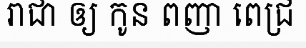
រាជា ឲ្យ កូន ពញា ពេជ្រ